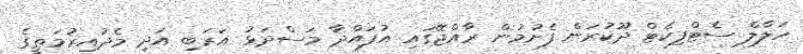
ހަލާލް ސެޓްފިކެޓް ދޫކުރަން ފެށުމުން ރާއްޖޭގައި އުފައްދާ މަސްދަޅު އަރަބި އަދި މެދުއިރުމަތީގެ